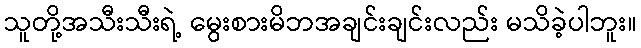
သူတို့အသီးသီးရဲ့ မွေးစားမိဘအချင်းချင်းလည်း မသိခဲ့ပါဘူး။